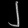
Digit: ၂